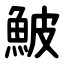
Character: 鮍